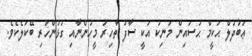
ޢަބުދުލް ޙަކީމް ޙުސައިން މަނިކު އަކީ ސާފު ތާހިރު މީހުންނާއި ގުޅުންހުރި ބޭކަލެކެވެ.